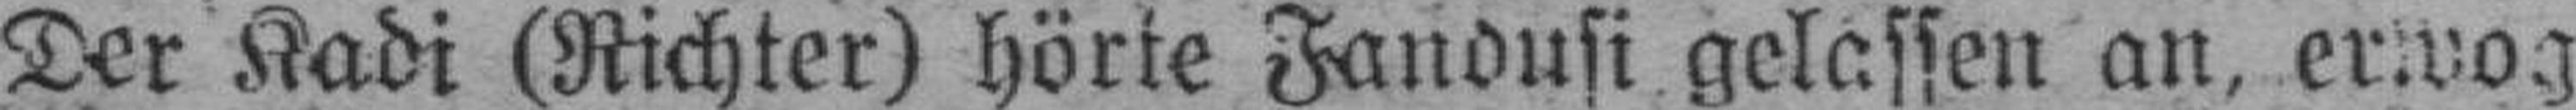
Der Kadi (Richter) hörte Fandusi gelassen an, erwog